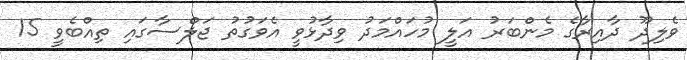
ވެލިދޫ ދާއިރާގެ މެންބަރު އަލީ މުހައްމަދު ވިދާޅުވީ އެވަގުތު ޖަލްސާގައި ތިއްބެވީ 15